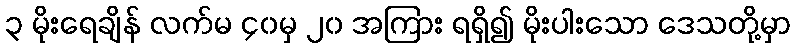
၃ မိုးရေချိန် လက်မ ၄၀မှ ၂၀ အကြား ရရှိ၍ မိုးပါးသော ဒေသတို့မှာ